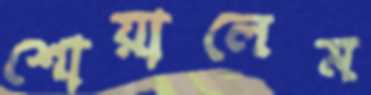
শোয়ালেম